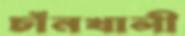
চাঁনখালী